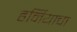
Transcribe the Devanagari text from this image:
हर्नियाचा